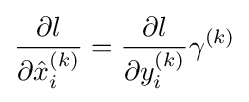
{\frac {\partial l}{\partial {\hat {x}}_{i}^{(k)}}}={\frac {\partial l}{\partial y_{i}^{(k)}}}\gamma ^{(k)}